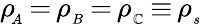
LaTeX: \rho\! _{_A}\, {=}\, \rho_{_B}\, {=}\, \rho_{_\mathbb{C}}\, {\equiv}\, \rho_{_s}